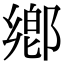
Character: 鄕